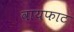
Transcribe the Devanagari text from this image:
वायफाट